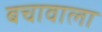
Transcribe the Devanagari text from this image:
बचावाला